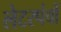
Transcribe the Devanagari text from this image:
लेटरपंचों